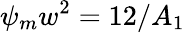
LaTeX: \psi_{m}w^{2}=12/A_{1}